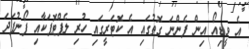
އެ ވީޑިއޯ އިން ފެންނަ ގޮތުގައި އެ ކޮޓަރީގައި ހުރި ލެޕްޓޮޕަކާއި ފޯނުފަދަ